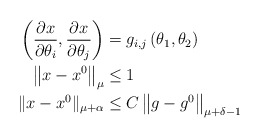
\begin{align*}\left( \frac{\partial x}{\partial\theta_{i}},\frac{\partial x}{\partial\theta_{j}}\right) & =g_{i,j}\left( \theta_{1},\theta_{2}\right) \\\left\Vert x-x^{0}\right\Vert _{\mu} & \leq1\\\Vert x-x^{0}\Vert_{\mu+\alpha} & \leq C\left\Vert g-g^{0}\right\Vert_{\mu+\delta-1}\end{align*}